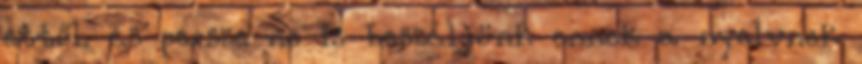
ettől. és persze ne is beszéljünk ennek a nyelvnek